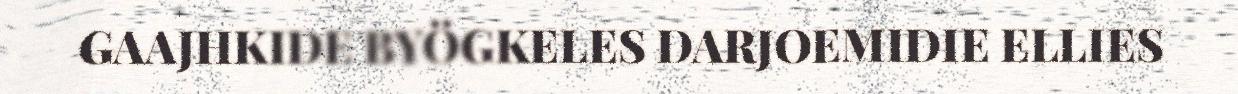
GAAJHKIDE BYÖGKELES DARJOEMIDIE ELLIES